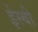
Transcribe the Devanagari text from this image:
ईस्बी